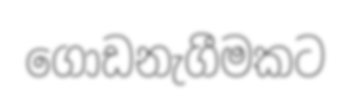
ගොඩනැගීමකට